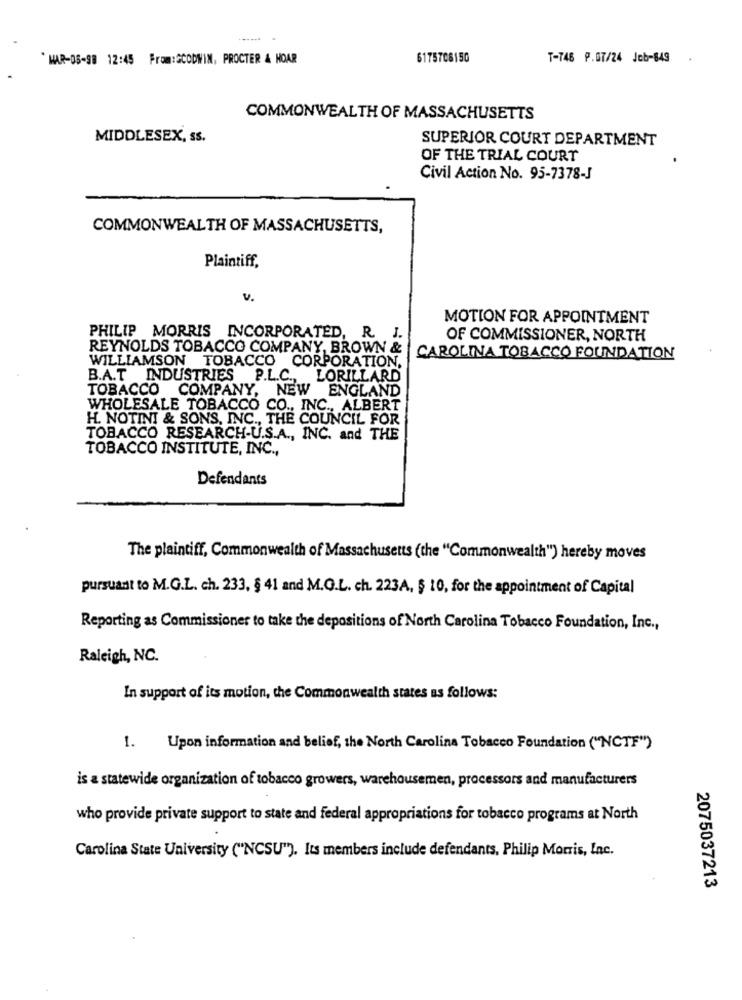
...... .
MAR-08-98 12:45 From:GOODWIN, PROCTER & HOAR
6175708150
T-746 P.07/24 Job-849
COMMONWEALTH OF MASSACHUSETTS
MIDDLESEX, ss.
SUPERIOR COURT DEPARTMENT
OF THE TRIAL COURT
Civil Action No. 95-7378-J
COMMONWEALTH OF MASSACHUSETTS,
Plaintiff,
v.
MOTION FOR APPOINTMENT
PHILIP MORRIS INCORPORATED, R. J.
OF COMMISSIONER, NORTH
REYNOLDS TOBACCO COMPANY, BROWN &
WILLIAMSON TOBACCO CORPORATION.
CAROLINA TOBACCO FOUNDATION
B.A.T INDUSTRIES P.L.C .,
LORILLARD
TOBACCO COMPANY, NEW
ENGLAND
WHOLESALE TOBACCO CO ., INC ., ALBERT
H. NOTINI & SONS, INC ., THE COUNCIL FOR
TOBACCO RESEARCH-U.S.A ., INC. and THE
TOBACCO INSTITUTE, INC .,
Defendants
The plaintiff, Commonwealth of Massachusetts (the "Commonwealth") hereby moves
pursuant to M.G.L. ch. 233, § 41 and M.G.L. ch. 223A, $ 10, for the appointment of Capital
Reporting as Commissioner to take the depositions of North Carolina Tobacco Foundation, Inc .,
Raleigh, NC.
In support of its motion, the Commonwealth states as follows:
1.
Upon information and belief, the North Carolina Tobacco Foundation ("NCTF")
is a statewide organization of tobacco growers, warehousemen, processors and manufacturers
who provide private support to state and federal appropriations for tobacco programs at North
Carolina State University ("NCSU"). Its members include defendants, Philip Morris, Inc.
2075037213